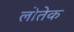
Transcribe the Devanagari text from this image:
लोतेक